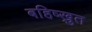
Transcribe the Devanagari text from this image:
बहिष्ख्रुत